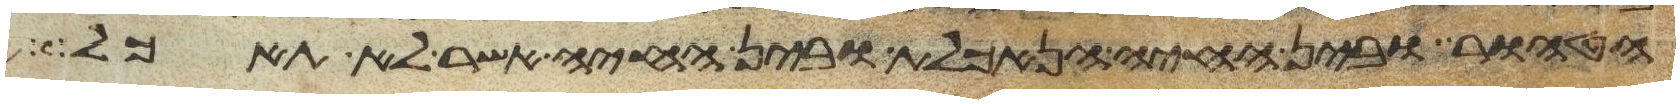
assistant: הטהור ובין החיה הנאכלת ובין החיה אשר לא תאכל